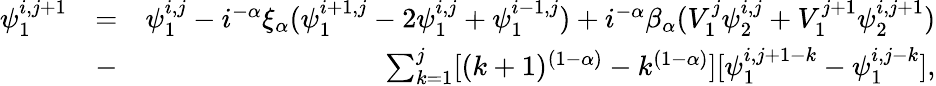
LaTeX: \begin{array}{rlr}{\psi_{1}^{i,j+1}}&{=}&{\psi_{1}^{i,j}-i^{-\alpha}\xi_{\alpha}(\psi_{1}^{i+1,j}-2\psi_{1}^{i,j}+\psi_{1}^{i-1,j})+i^{-\alpha}\beta_{\alpha}(V_{1}^{j}\psi_{2}^{i,j}+V_{1}^{j+1}\psi_{2}^{i,j+1})}\\ &{-}&{\sum_{k=1}^{j}[(k+1)^{(1-\alpha)}-k^{(1-\alpha)}][\psi_{1}^{i,j+1-k}-\psi_{1}^{i,j-k}],}\end{array}